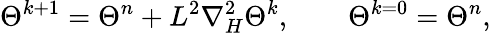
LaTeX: \Theta^{k+1}=\Theta^{n}+L^{2}\nabla_{H}^{2}\Theta^{k},\qquad\Theta^{k=0}=\Theta^{n},